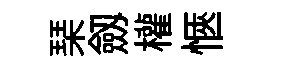
琹劔權愜